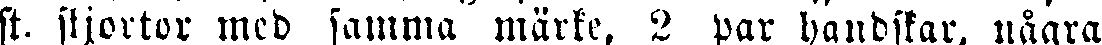
st. skjortor med samma märke, 2 par handskar, några